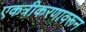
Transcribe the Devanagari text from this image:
एकत्रीकरणावरून